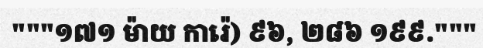
"""១៧១ ម៉ាយ ការ៉េ) ៩៦, ២៨៦ ១៩៩."""